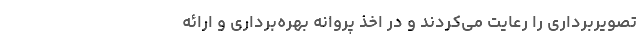
تصویربرداری را رعایت می‌کردند و در اخذ پروانه بهره‌برداری و ارائه